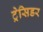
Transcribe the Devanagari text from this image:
ट्रेसिडर